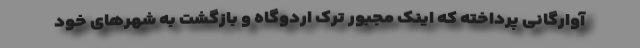
آوارگانی پرداخته که اینک مجبور ترک اردوگاه و بازگشت به شهرهای خود